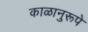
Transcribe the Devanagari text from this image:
काळानुरूपे